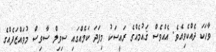
ވާހަކަ ދެއްކެވިއެވެ. އެއްވެސް ޤައުމެއްގެ ރައީސަކު މިފަދަ ކަމެއްގައި ސިވިލް ސާވިސް މުވައްޒަފެއްގެ